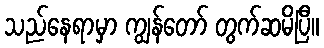
သည်နေရာမှာ ကျွန်တော် တွက်ဆမိပြီ။